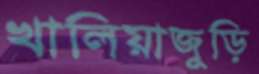
খালিয়াজুড়ি